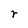
Character: r